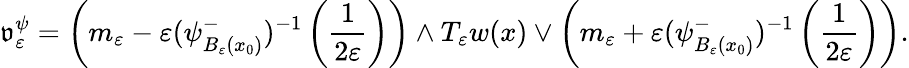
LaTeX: \mathfrak{v}_{\varepsilon}^{\psi}=\left(m_{\varepsilon}-\varepsilon(\psi_{B_{\varepsilon}(x_{0})}^{-})^{-1}\left(\frac{1}{2\varepsilon}\right)\right)\wedge T_{\varepsilon}w(x)\vee\left(m_{\varepsilon}+\varepsilon(\psi_{B_{\varepsilon}(x_{0})}^{-})^{-1}\left(\frac{1}{2\varepsilon}\right)\right).